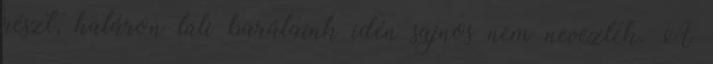
részt, határon túli barátaink idén sajnos nem neveztek. A